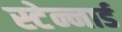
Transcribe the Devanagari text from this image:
स्टेन्नार्ड